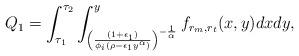
LaTeX: \begin{align*}Q_1&= \int_{\tau_1}^{\tau_2}\int^{y}_{\left(\frac{(1+\epsilon_1)}{ \phi_i \left( \rho -\epsilon_1 y^{\alpha}\right)}\right)^{-\frac{1}{\alpha}}} f_{r_m,r_t}(x,y)dx dy,\end{align*}